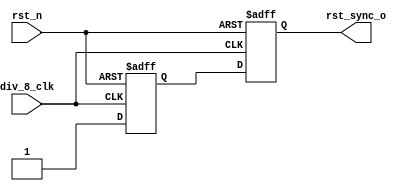
module sync_async_reset
(
	input wire div_8_clk,
	input wire rst_n,
	output wire rst_sync_o
);

reg rst_s1, rst_s2;

 always@(posedge div_8_clk or negedge rst_n)
	if(!rst_n) begin
		rst_s1 <= 1'b0;
		rst_s2 <= 1'b0;
	end else begin
		rst_s1 <= 1'b1;
		rst_s2 <= rst_s1;	
	end

assign rst_sync_o = rst_s2;

endmodule